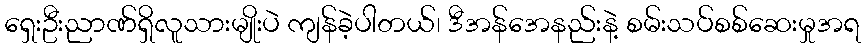
ရှေးဦးညာဏ်ရှိလူသားမျိုးပဲ ကျန်ခဲ့ပါတယ်၊ ဒီအန်အေနည်းနဲ့ စမ်းသပ်စစ်ဆေးမှုအရ